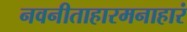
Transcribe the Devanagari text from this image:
नवनीताहारमनाहारं